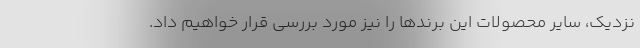
نزدیک، سایر محصولات این برندها را نیز مورد بررسی قرار خواهیم داد.